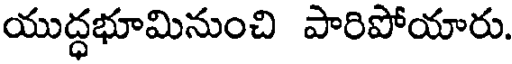
యుద్ధభూమినుంచి పారిపోయారు.